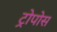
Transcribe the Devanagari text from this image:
ट्रोपोस